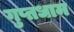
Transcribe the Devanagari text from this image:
गुप्तधाम